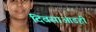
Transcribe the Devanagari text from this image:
दिवसाआडही